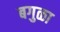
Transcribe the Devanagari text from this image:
बगुळा